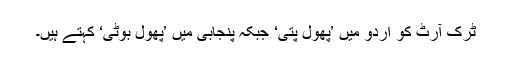
ٹرک آرٹ کو اردو میں ’پھول پتی‘ جبکہ پنجابی میں ’پھول بوٹی‘ کہتے ہیں۔